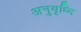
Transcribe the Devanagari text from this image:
अनुवृध्दि